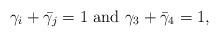
LaTeX: \begin{align*}\gamma_i + \bar{\gamma_j} = 1 \,\, {\rm and }\,\, \gamma_3 + \bar{\gamma}_4=1,\end{align*}